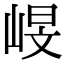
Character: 𡹋